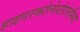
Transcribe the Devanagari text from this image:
हाइपरकोलेस्टेरोलेमिया